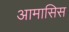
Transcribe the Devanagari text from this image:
आमासिस